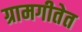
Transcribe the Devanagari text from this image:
ग्रामगीतेत